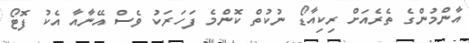
އާންމުންގެ ތެރެއަށް ރިކިއާޑޯ ނުކުތް ކޮންމެ ފަހަރަކު ވެސް އޭނާއާ އެކު ފޮޓޯ